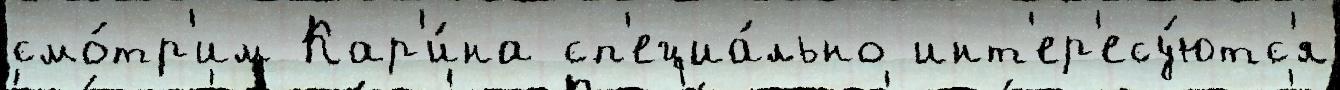
смо́тр'им Кар'и́на сп'ециа́льно инт'ер'есу́ютс'я